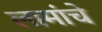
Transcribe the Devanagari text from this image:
लामांचे